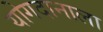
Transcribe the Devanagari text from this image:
योगदानाला